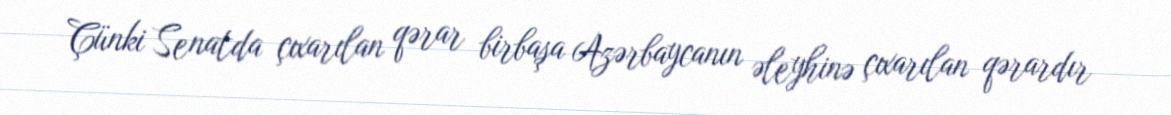
Çünki Senatda çıxarılan qərar birbaşa Azərbaycanın əleyhinə çıxarılan qərardır